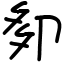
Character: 卶